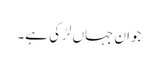
جوان جہاں لڑکی ہے۔